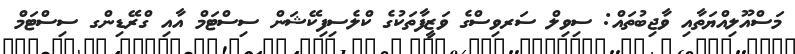
މަސްއޫލިއްޔަތާއި ވާޖިބުތައް: ސިވިލް ސަރވިސްގެ ވަޒީފާތަކުގެ ކްލެސިފިކޭޝަން ސިސްޓަމް އާއި ގްރޭޑިންގ ސިސްޓަމް